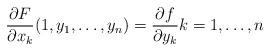
LaTeX: \begin{align*} \frac{\partial F}{\partial x_k}(1, y_1, \dots, y_n) = \frac{\partial f}{\partial y_k} k=1, \dots, n\end{align*}